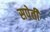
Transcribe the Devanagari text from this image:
सपेती